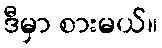
ဒီမှာ စားမယ်။